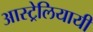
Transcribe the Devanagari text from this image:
आस्ट्रेलियायी